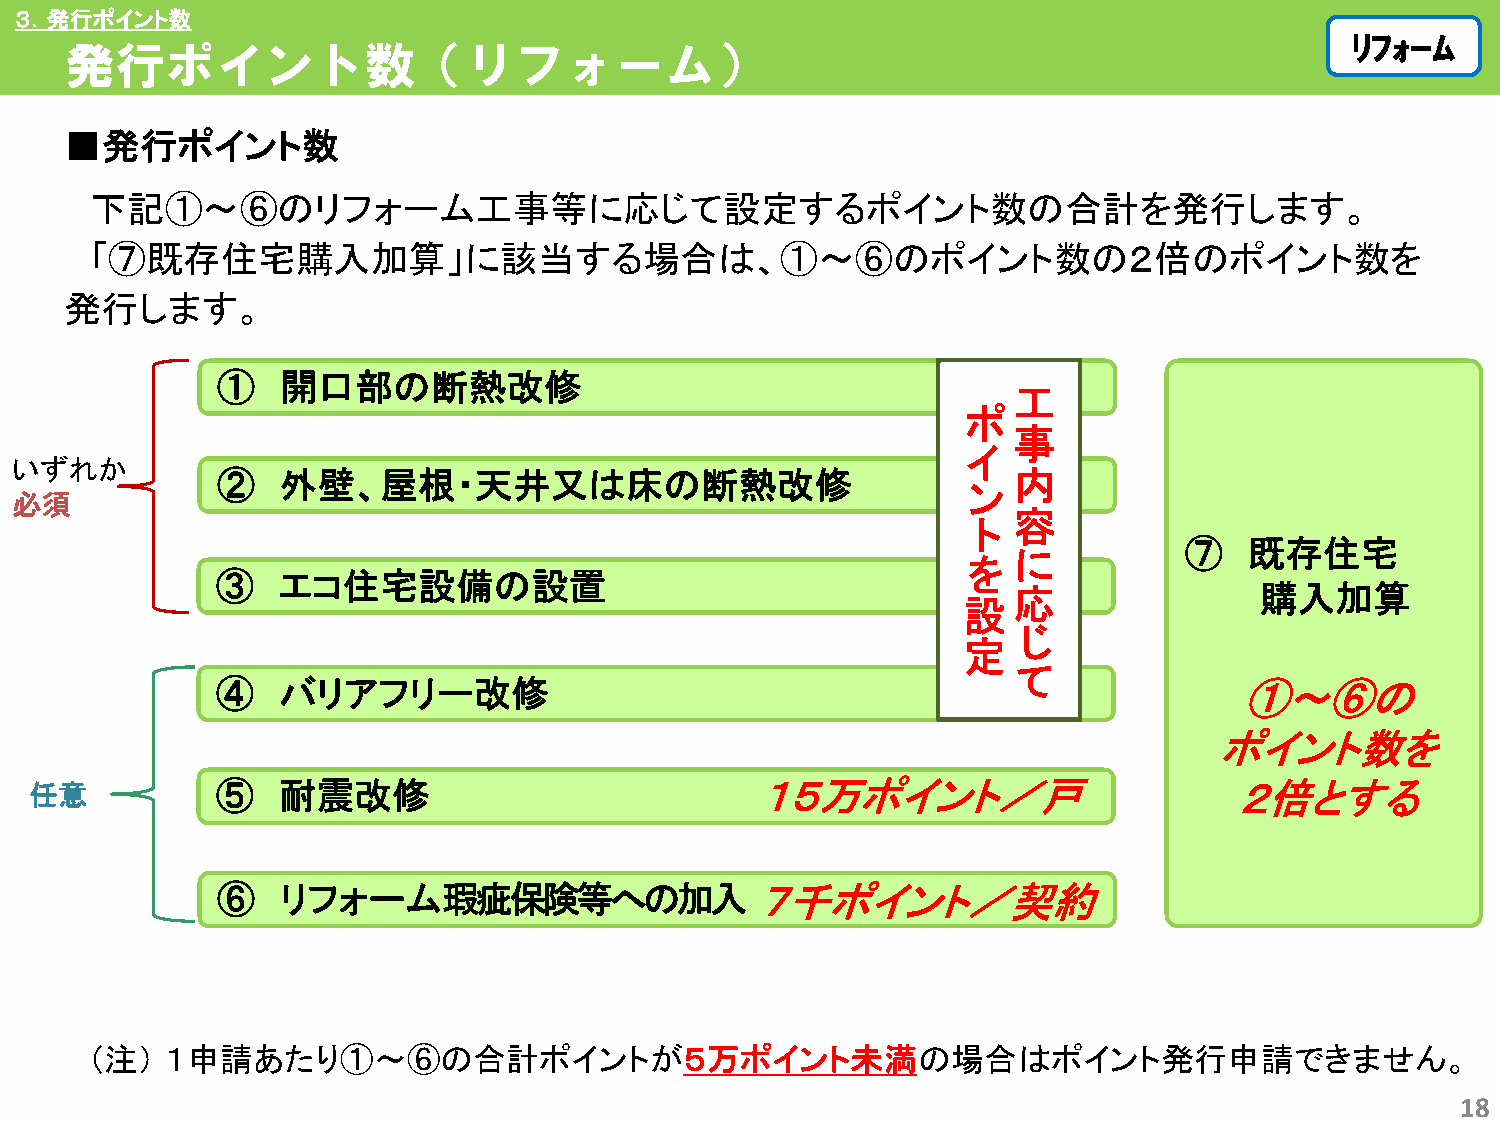
３．発行ポイント数
 ﾘﾘﾌﾌｫｫｰｰﾑﾑ
 発行ポイント数（リフォーム）
 ■発行ポイント数
 下記①～⑥のリフォーム工事等に応じて設定するポイント数の合計を発行します。
 「⑦既存住宅購入加算」に該当する場合は、①～⑥のポイント数の２倍のポイント数を
 発行します。
 ①    開口部の断熱改修
 工
 ポ
 事
 イ
 いずれか
 ②    外壁、屋根・天井又は床の断熱改修                                内
 ン
 必須
 容
 ト
 ⑦    既存住宅
 に
 を
 ③   エコ住宅設備の設置
 応               購入加算
 設
 じ
 定
 て
 ④   バリアフリー改修                                                        ①～⑥の
 ポイント数を
 任意          ⑤   耐震改修                            １５万ポイント／戸                       ２倍とする
 ⑥    リフォーム瑕疵保険等への加入                 ７千ポイント／契約
 （注）  １申請あたり①～⑥の合計ポイントが５万ポイント未満の場合はポイント発行申請できません。
 18